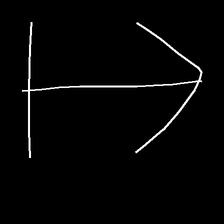
Glyph: levitation